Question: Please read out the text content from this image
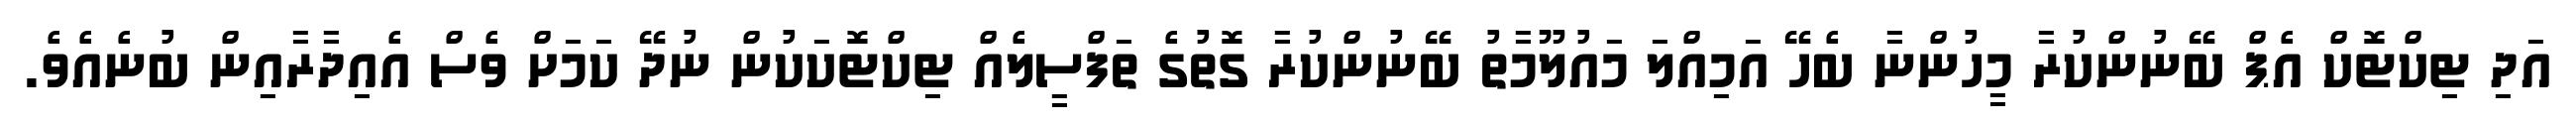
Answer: އަދި ޓިކްޓޮކް އެޕް ބޭނުންކުރާ މީހުންނާ ބެހޭ އަމިއްލަ މައުލޫމާތު ބޭނުންކުރާ ގޮތުގެ ތަފްސީލެއް ޓިކްޓޮކަކުން ނުދޭ ކަމަށް ވެސް އެއިދާރާއިން ބުނެއެވެ.